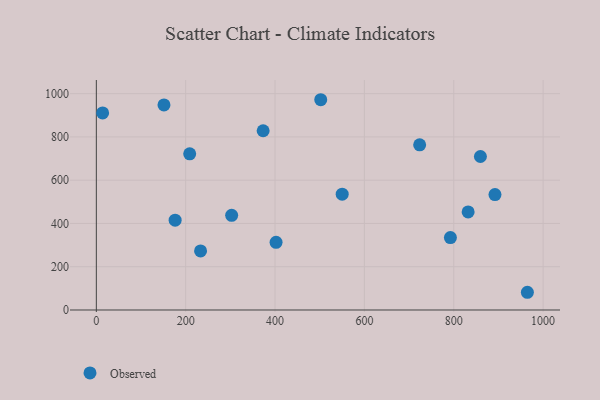
{"axis": {"x": "Investment", "y": "Rating"}, "legend": ["Observed"], "data": [{"x": "859.7", "y": 709.5, "type": "Observed"}, {"x": "792.5", "y": 334.9, "type": "Observed"}, {"x": "964.8", "y": 81.9, "type": "Observed"}, {"x": "502.3", "y": 972.0, "type": "Observed"}, {"x": "176.4", "y": 415.3, "type": "Observed"}, {"x": "209.0", "y": 721.7, "type": "Observed"}, {"x": "233.3", "y": 272.9, "type": "Observed"}, {"x": "832.2", "y": 453.2, "type": "Observed"}, {"x": "302.9", "y": 437.7, "type": "Observed"}, {"x": "402.3", "y": 312.6, "type": "Observed"}, {"x": "151.4", "y": 947.8, "type": "Observed"}, {"x": "550.3", "y": 535.6, "type": "Observed"}, {"x": "723.7", "y": 763.7, "type": "Observed"}, {"x": "373.4", "y": 828.5, "type": "Observed"}, {"x": "892.3", "y": 533.6, "type": "Observed"}, {"x": "14.1", "y": 910.9, "type": "Observed"}]}